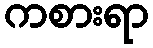
ကစားရာ